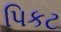
પિકટ